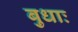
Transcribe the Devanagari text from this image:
बुधाः